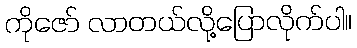
ကိုဇော် လာတယ်လို့ပြောလိုက်ပါ။